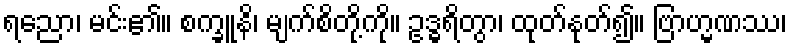
ရညော၊ မင်း၏။ စက္ခူနိ၊ မျက်စိတို့ကို။ ဥဒ္ဓရိတွာ၊ ထုတ်နုတ်၍။ ဗြာဟ္မဏဿ၊